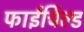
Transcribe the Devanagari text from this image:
फाईर्चिल्ड